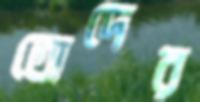
তোদের